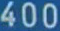
400